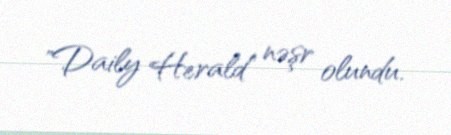
"Daily Herald" nəşr olundu.